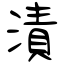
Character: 漬